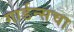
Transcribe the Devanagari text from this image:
गार्डन्सचा